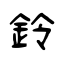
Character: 鈴